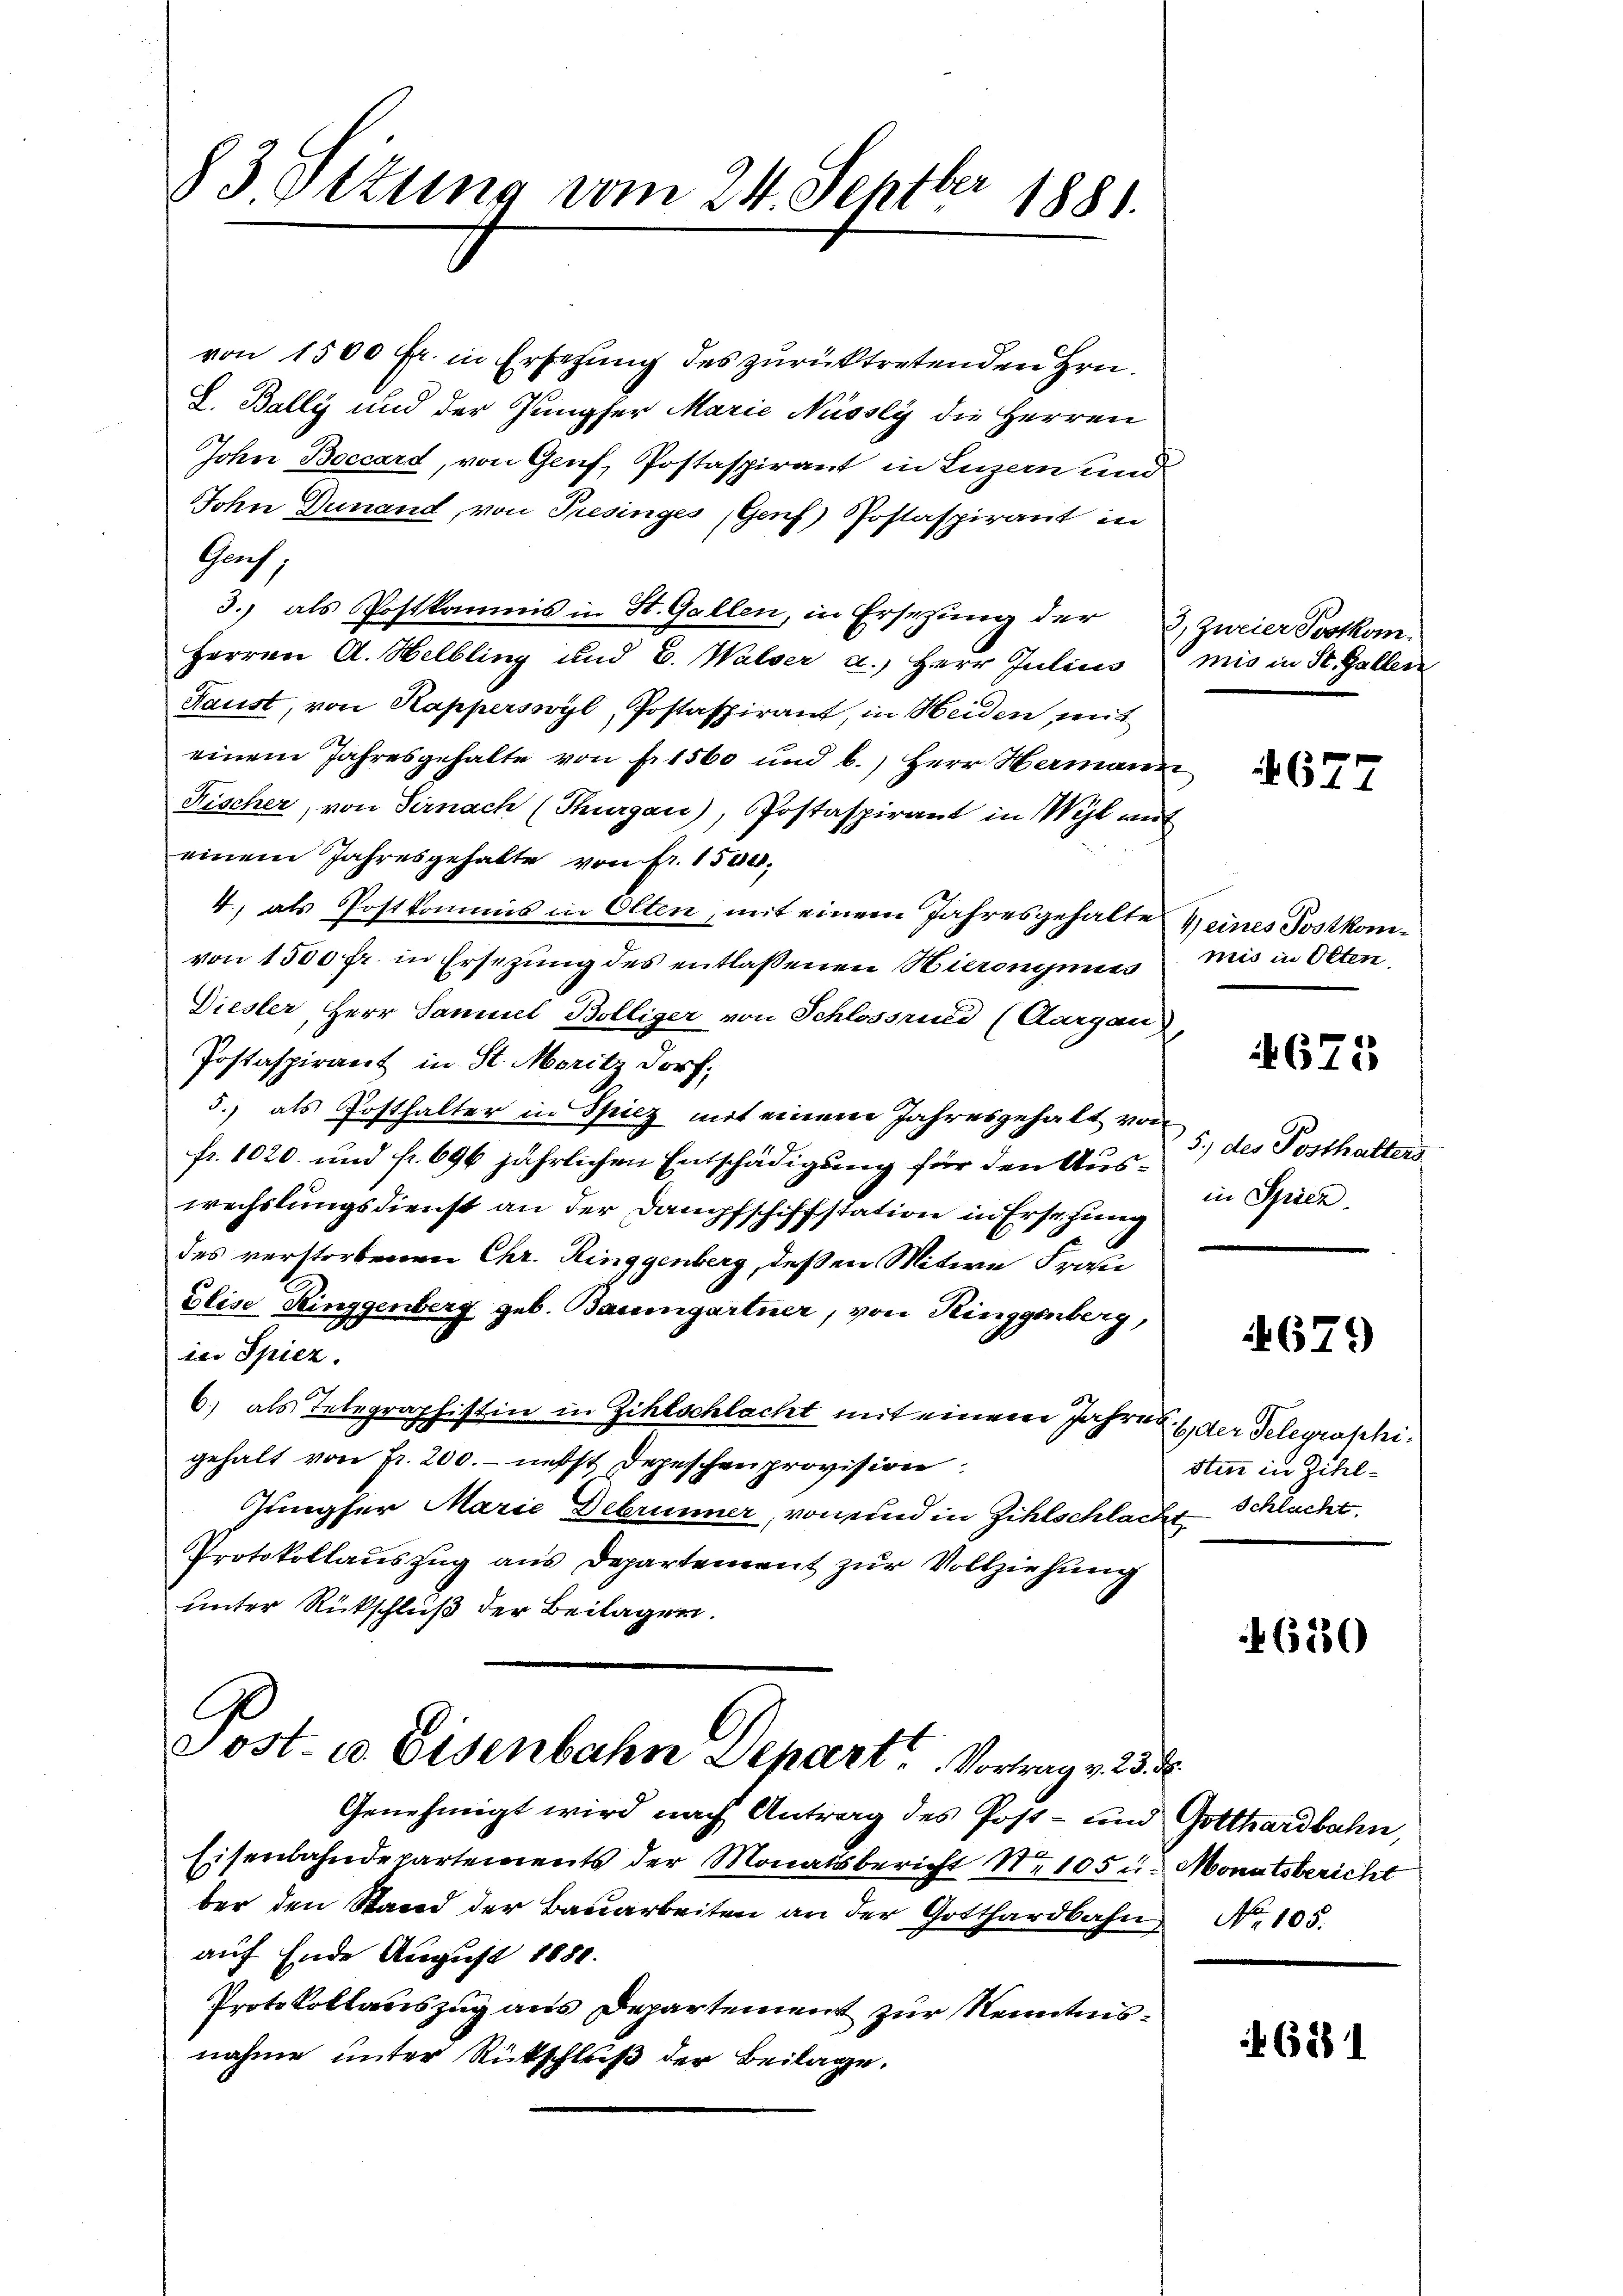
§ 3. Ottung vom 24. Septber 1881.

von 1500 Fr. in Ersezung des zurücktretenden Hrn.
L. Bally und der Jungfer Marie Nüssly die Herren
John Boccard, von Genf, Postaspirant in Luzern und
John Dunand, von Presinges (Genf) Postaspirant in
Gas,
3.) als Postkommis in St. Gallen, in Ersezung der 3, zweier Postkom-
Herren A. Helbling und E. Walser a.) Herr Julius
Haust, von Kapperswyl, Postaspirant, in Heiden mit
einem Jahresgehalte von f. 1560 und b.) Herr Hermann
Fischer, von Sirnach (Thurgau), Postaspirant in Wyl mit
einem Jahresgehalte von fr. 1500.
4., als Postkommis in Olten, mit einem Jahresgehalte eines Postkomvon 1500 fr. in Ersezung des entlassenen Hieronymis
Dieser, Herr Samuel Bölliger von Schlossrund (Aargau),
Postaspirant in St. Moritz dorf;
5., als Posthalter in Spiez mit einem Jahresgehalt von
fr. 1020. und fr. 696 jährlichen Entschädigung für den Auswechslungsdienst an der Dampfschiffstation in Ersehung
des verstorbenen Chr. Ringgenberg, deßen Mitwe Frau
Elise Ringgenberg geb. Baumgartner, von Ringgenberg,
in Spiez.
6) als Telegraphistin in Zihlschlacht mit einem Jahres, der Telegraphigehalt von Fr. 200.- nebst Depeschen provision
Jungfer Marie Debrunner, von und in Zihlschlacht Schlacht
Protokollauszug aus Departement zur Vollziehung
unter Rückschluß der Beilagen.
Post- u. Eisenbahn Depart Vortrag v. 23. d.

Genehmigt wird nach Antrag des Post- und Gotthardbahn,
Eisenbahndepartements der Monatsbericht No 105 u. Monatsbericht
ber den Stand der Baŭarbeiten an der Gotthardbahn Nr. 105.
auf Ende August 1888.
Protokollauszug aus Departement zur Kenntnisnahme unter Rückschluß der Beilage.

mis in St. Gallen

677

mis in Olten.

4675

5.) des Posthalters
in Spiez.

679

din in Zihl¬

620

6881